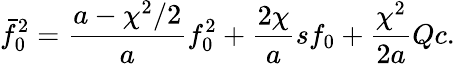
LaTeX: \bar{f}_{0}^{2}=\frac{a-\chi^{2}/2}{a}f_{0}^{2}+\frac{2\chi}{a}sf_{0}+\frac{\chi^{2}}{2a}Qc.